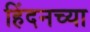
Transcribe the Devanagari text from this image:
हिंदनच्या